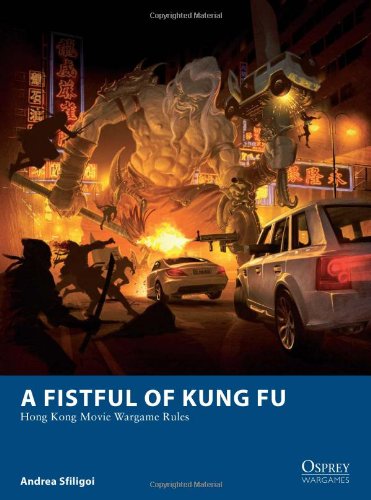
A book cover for A Fistful of Kung Fu - Hong Kong Movie Wargame Rules (Osprey Wargames); Andrea Sfiligoi; History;